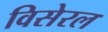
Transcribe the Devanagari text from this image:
विसेरल